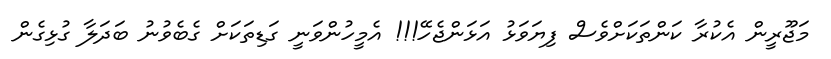
މަޖޫރީން އެކުރާ ކަންތަކަށްވެސް ފިޔަވަޅު އަޅަންޖެހޭ!!! އެމީހުންވަނީ ގަޑިތަކަށް ގެބެވުނު ބަދަލާ ގުޅިގެން